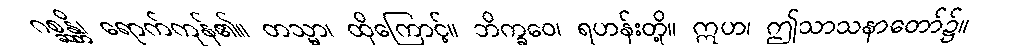
ဂစ္ဆန္တိ၊ ရောက်ကုန်၏။ တသ္မာ၊ ထိုကြောင့်။ ဘိက္ခဝေ၊ ရဟန်းတို့။ ဣဟ၊ ဤသာသနာတော်၌။